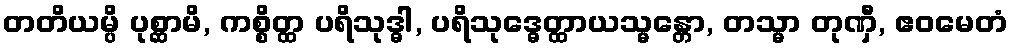
တတိယမ္ပိ ပုစ္ဆာမိ, ကစ္စိတ္ထ ပရိသုဒ္ဓါ, ပရိသုဒ္ဓေတ္ထာယသ္မန္တော, တသ္မာ တုဏှီ, ဧဝမေတံ